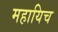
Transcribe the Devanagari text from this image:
महायिच